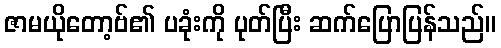
ဇာမယိုတော့ဗ်၏ ပခုံးကို ပုတ်ပြီး ဆက်ပြောပြန်သည်။